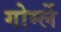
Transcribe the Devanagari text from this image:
गोर्म्ले